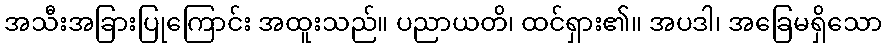
အသီးအခြားပြုကြောင်း အထူးသည်။ ပညာယတိ၊ ထင်ရှား၏။ အပဒါ၊ အခြေမရှိသော